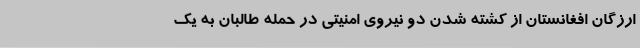
ارزگان افغانستان از کشته شدن دو نیروی امنیتی در حمله طالبان به یک